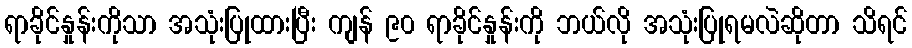
ရာခိုင်နှုန်းကိုသာ အသုံးပြုထားပြီး ကျန် ၉၀ ရာခိုင်နှုန်းကို ဘယ်လို အသုံးပြုရမလဲဆိုတာ သိရင်